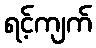
ရင့်ကျက်